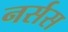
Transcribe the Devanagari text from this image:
नर्सस